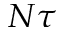
N \tau